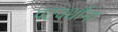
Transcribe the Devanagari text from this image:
पटवर्धांना